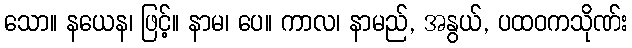
သော။ နယေန၊ ဖြင့်။ နာမ၊ ပေ။ ကာလ၊ နာမည်, အနွယ်, ပထဝကသိုဏ်း